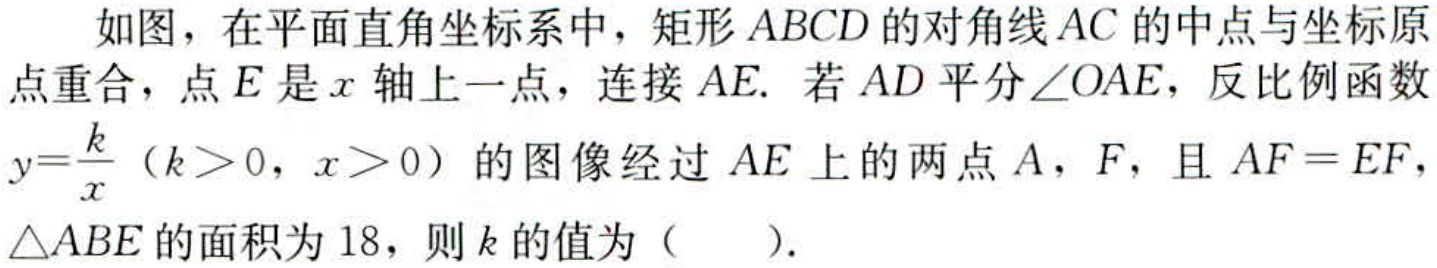
如图，在平面直角坐标系中，矩形\(ABCD\)的对角线\(AC\)的中点与坐标原
点重合，点\(E\)是\(x\)轴上一点，连接\(AE\). 若\(AD\)平分\(\angle OAE\)，反比例函数
\(y = \frac{k}{x}\)（\(k>0\)，\(x>0\)）的图像经过\(AE\)上的两点\(A\)，\(F\)，且\(AF = EF\)，
\(\triangle ABE\)的面积为\(18\)，则\(k\)的值为（  ）.